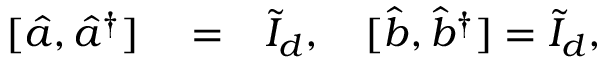
\begin{array} { r l r } { [ \hat { a } , \hat { a } ^ { \dagger } ] } & { { } = } & { \tilde { I } _ { d } , \quad [ \hat { b } , \hat { b } ^ { \dagger } ] = \tilde { I } _ { d } , } \end{array}